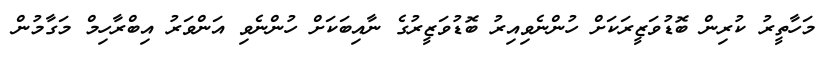
މަހާތީރު ކުރިން ބޮޑުވަޒީރަކަށް ހުންނެވިއިރު ބޮޑުވަޒީރުގެ ނާއިބަކަށް ހުންނެވި އަންވަރު އިބްރާހިމް މަގާމުން